Leningradi_Edasi_toimetus, lk 66
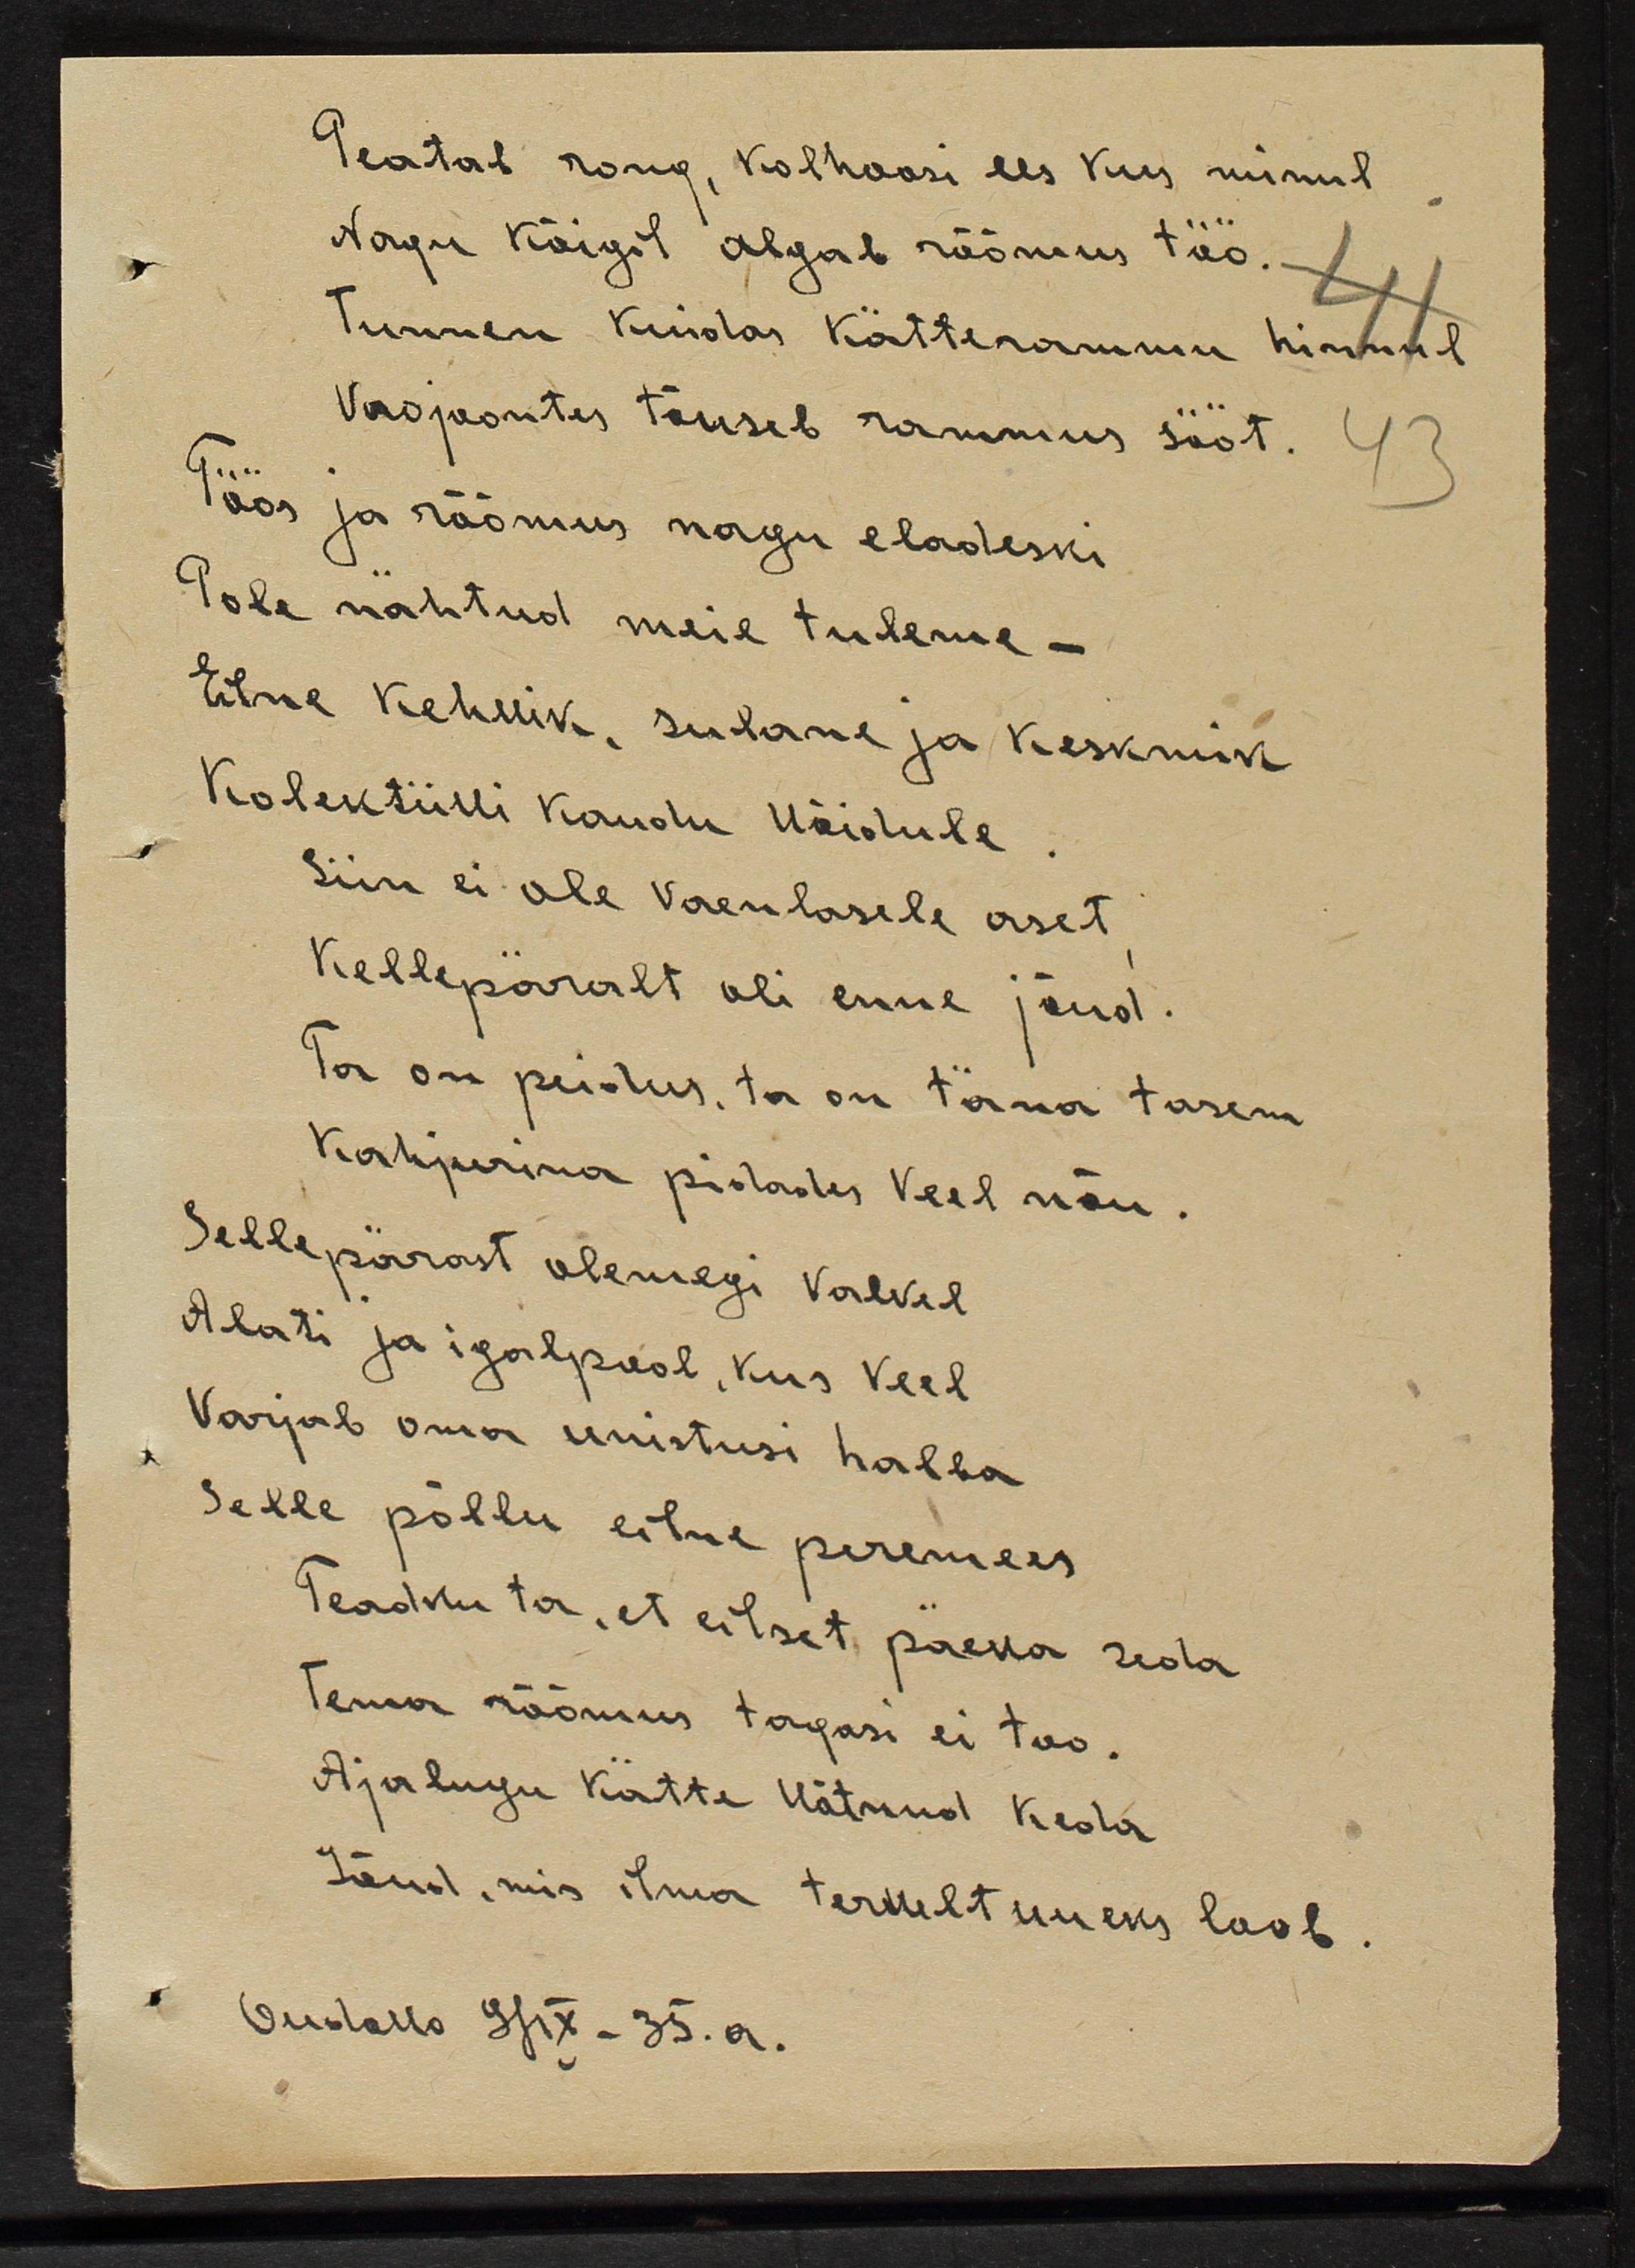
Peatab rong, kolhoosi ees kus minul
Nagu kõigil algab rõõmus töö.
Tunnen kuidas kätterammu himmul
vaojaotus tõuseb rammus sööt
Töös ja rõõmus nagu eladeski
Pole nähtud meie tuleme -
Eilne kehvik, sulane ja keskmik
Kolektiivi kaudu võidule
Siin ei ole vaenlase aset
Kellepäralt oli enne jõud.
Ta on peidus, ta on täna tasem
Kahjurina pidades veel nõu.
Sellepärast olemegi valvel
Alati ja igalpool, kus veel
Varjab oma unistusi halba
Selle põllu eilne peremees
Teadku ta, et eilset päeva seda
tema rõõmus tagasi ei töö
Ajalugu kätte võtnud keda
Jõud, mis ilma tervelt uueks loob.
Oudova 31IX-35.a.